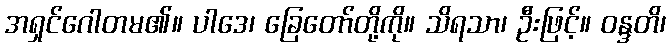
အရှင်ဂေါတမ၏။ ပါဒေ၊ ခြေတော်တို့ကို။ သိရသာ၊ ဦးဖြင့်။ ဝန္ဒတိ၊